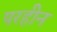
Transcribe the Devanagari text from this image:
परहीन